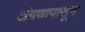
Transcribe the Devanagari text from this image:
अंगणापासून